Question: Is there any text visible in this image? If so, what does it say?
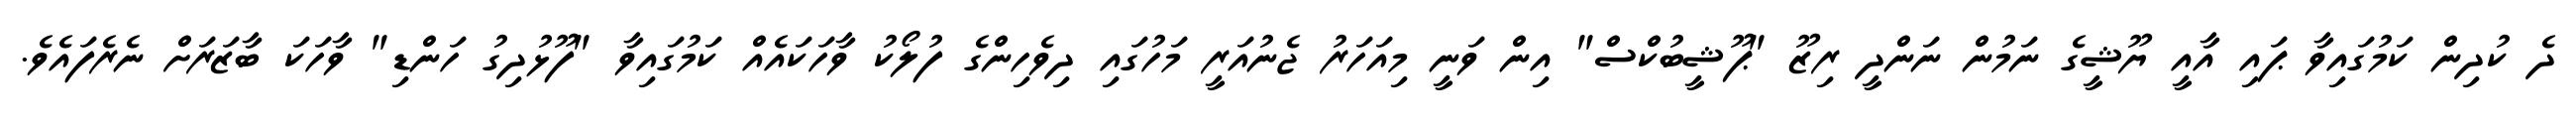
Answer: ދެ ކުދިން ކަމުގައިވާ ޕައި އާއީ ޔޫޝީގެ ނަމުން ނަންދީ ރިޒޫ "ޕޫޝީބުކްސް" އިން ވަނީ މިއަހަރު ޖެނުއަރީ މަހުގައި ދިވެހިންގެ ފުލޯކު ވާހަކައެއް ކަމުގައިވާ "ފޫޅުދިގު ހަންޑި" ވާހަކަ ބާޒަރަށް ނެރެފައެވެ.